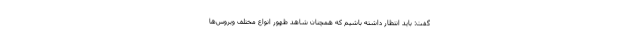
گفت: باید انتظار داشته باشیم که همچنان شاهد ظهور انواع مختلف ویروس‌ها